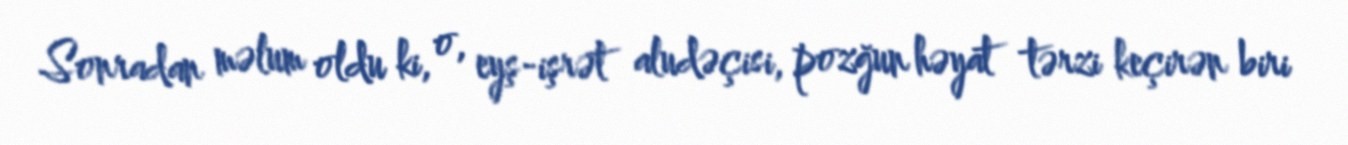
Sonradan məlum oldu ki, o, eyş-işrət aludəçisi, pozğun həyat tərzi keçirən biri